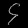
Digit: ၄